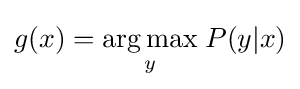
g(x)={\underset {y}{\arg \max }}\;P(y|x)